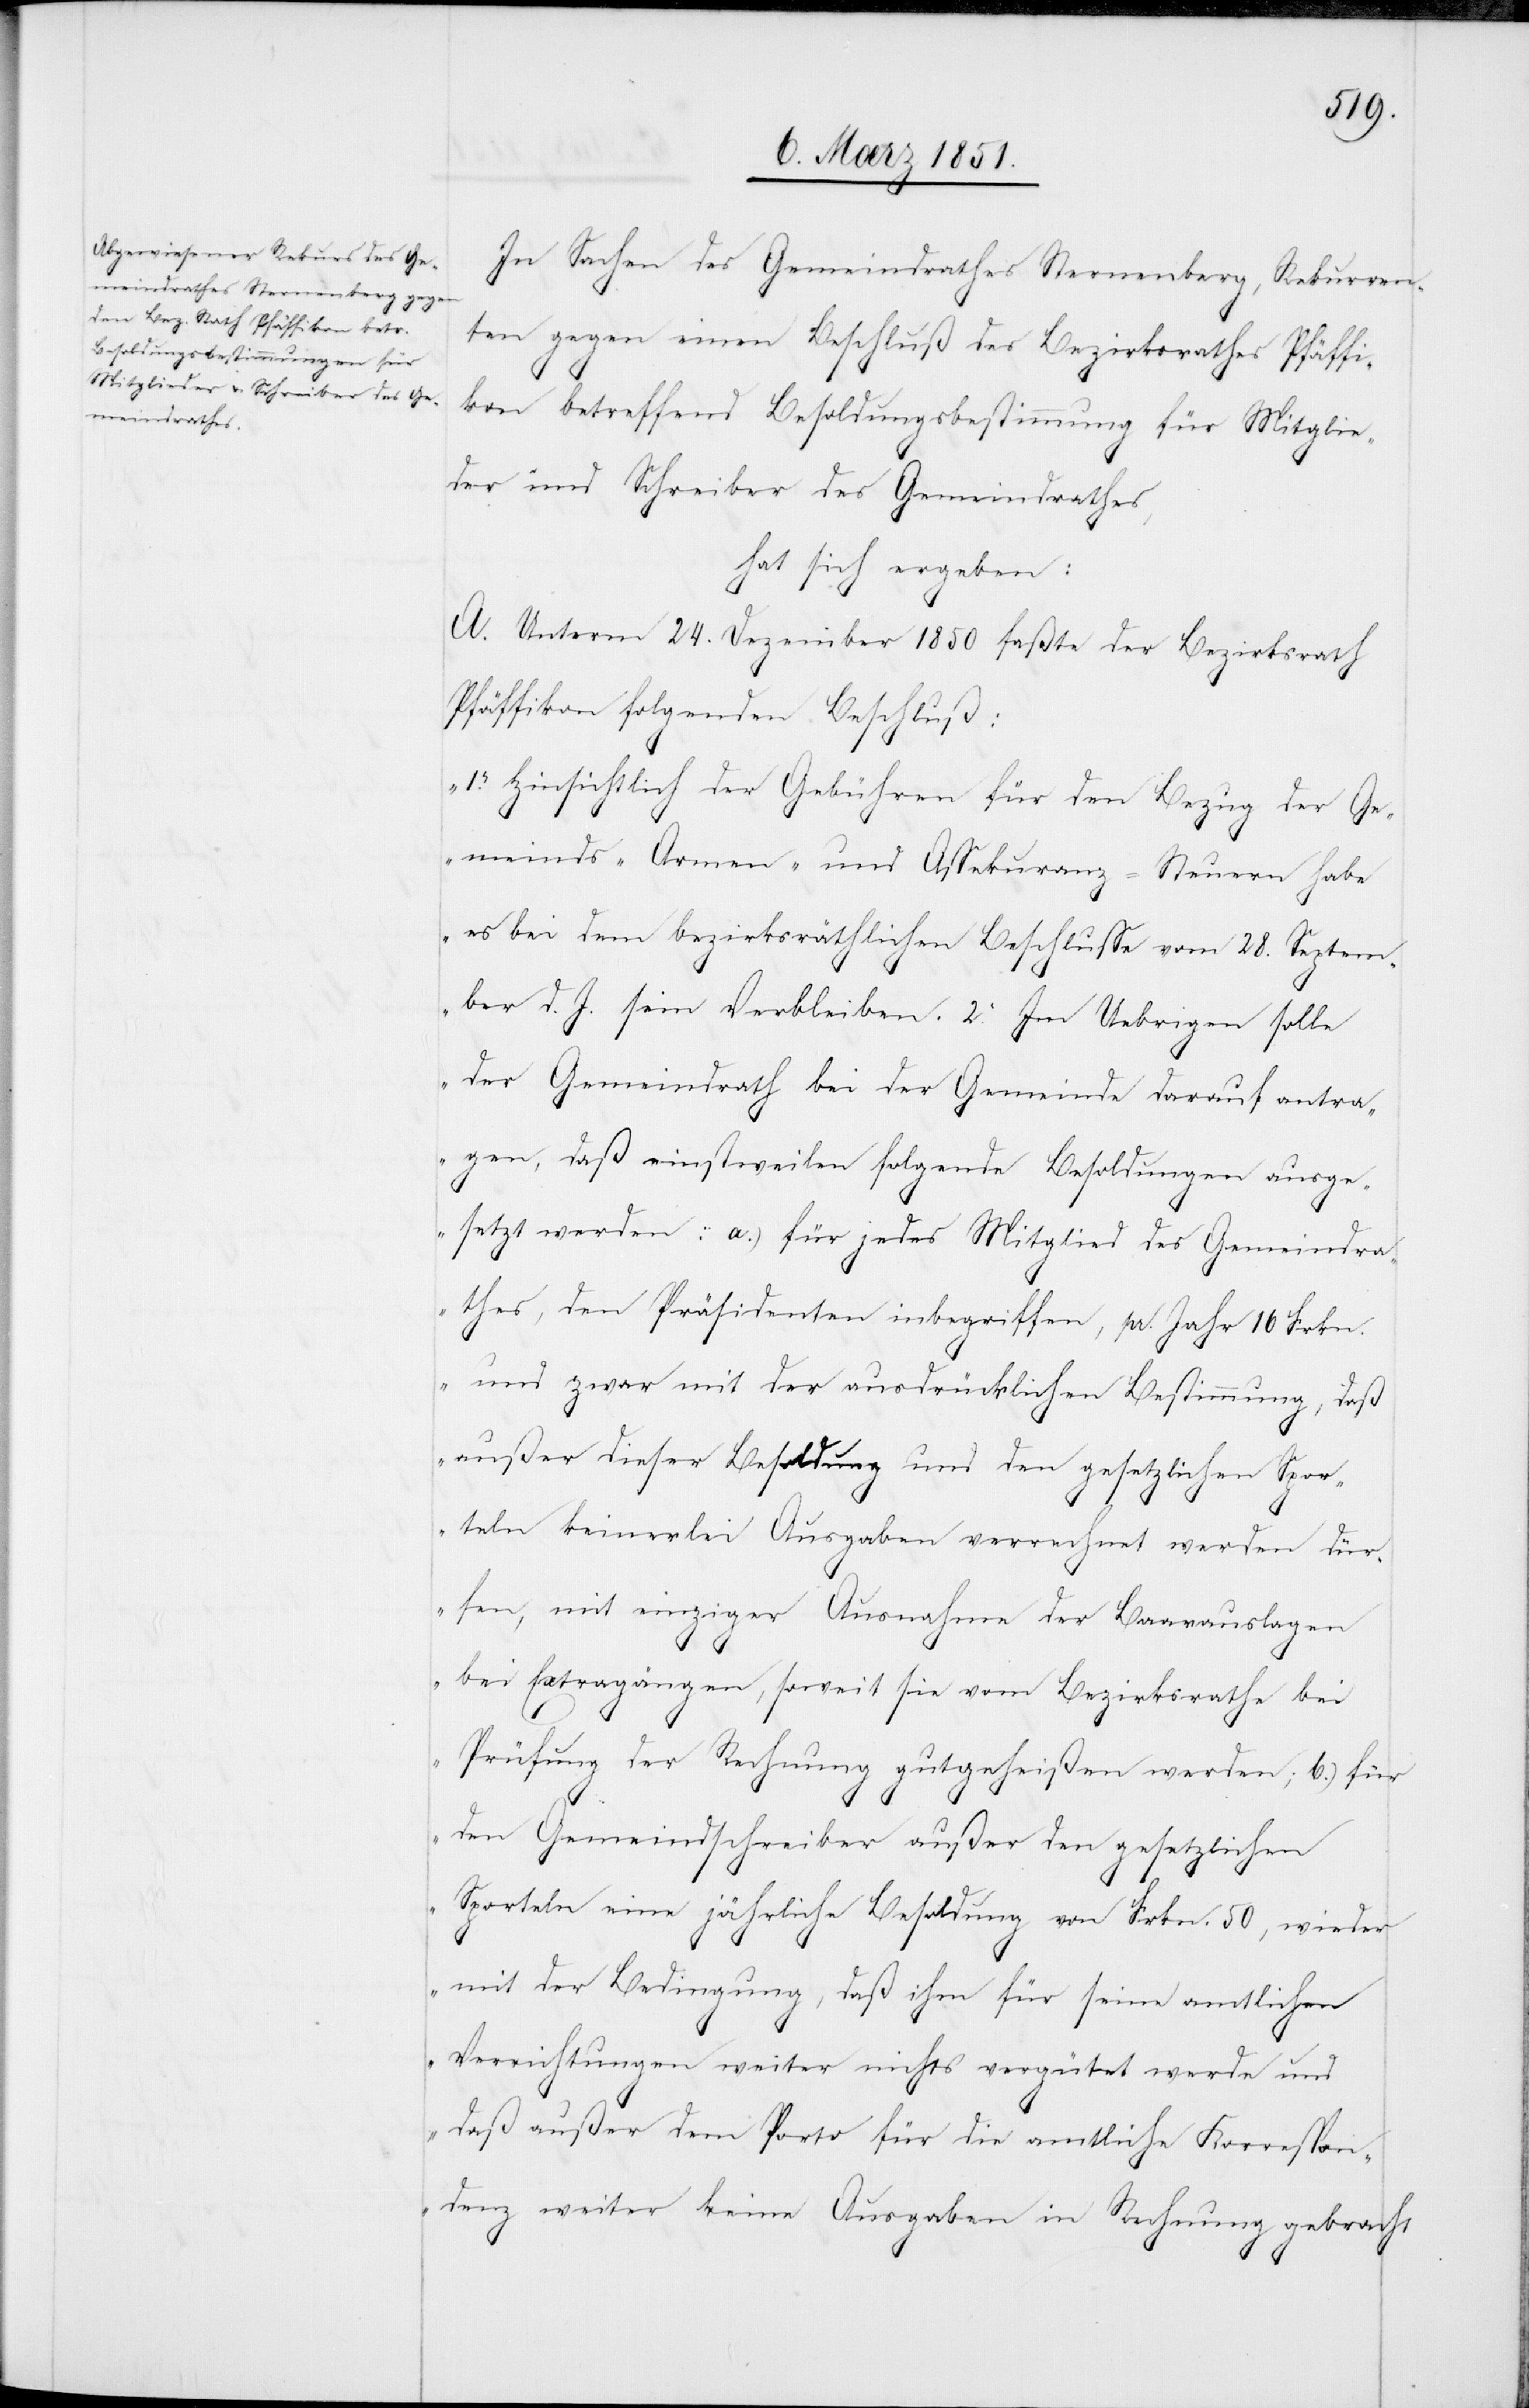
In Sachen des Gemeindrathes Sternenberg, Rekurren¬
ten gegen einen Beschluß des Bezirksrathes Pfäffi¬
kon betreffend Besoldungsbestimmung für Mitglie¬
der und Schreiber des Gemeindrathes,
hat sich ergeben:
A. Unterm 24. Dezember 1850 faßte der Bezirksrath
Pfäffikon folgenden Beschluß:
„1. Hinsichtlich der Gebühren für den Bezug der Ge¬
meinds-[,] Armen- und Assekuranz-Steuern habe
es bei dem bezirksräthlichen Beschlusse vom 28. Septem¬
ber d. J. sein Verbleiben. 2. Im Uebrigen solle
der Gemeindrath bei der Gemeinde darauf antra¬
gen, daß einstweilen folgende Besoldungen ausge¬
setzt werden: a.) für jedes Mitglied des Gemeindra¬
thes, den Präsidenten inbegriffen, pr Jahr 16 Frkn.
und zwar mit der ausdrücklichen Bestimmung, daß
außer dieser Besoldung und den gesetzlichen Spor¬
teln keinerlei Ausgaben verrechnet werden dür¬
fen, mit einziger Ausnahme der Baarauslagen
bei Extragängen, soweit sie vom Bezirksrathe bei
Prüfung der Rechnung gutgeheißen werden; b.) für
den Gemeindschreiber außer den gesetzlichen
Sporteln eine jährliche Besoldung von Frkn. 50, wieder
mit der Bedingung, daß ihm für seine amtlichen
Verrichtungen weiter nichts vergütet werde und
daß außer dem Porto für die amtliche Korrespon¬
denz weiter keine Ausgaben in Rechnung gebracht